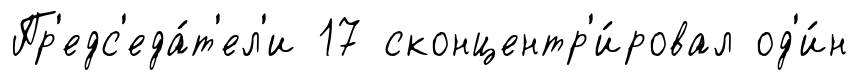
Пр'едс'еда́т'ел'и 17 сконцентр'и́ровал од'и́н